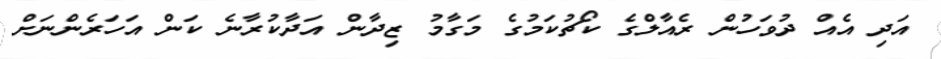
އަދި އެއް ދުވަހުން ރެއާލްގެ ކޯޗުކަމުގެ މަގާމު ޒިދާން އަދާކުރާނެ ކަން އަހަރެންނަށް